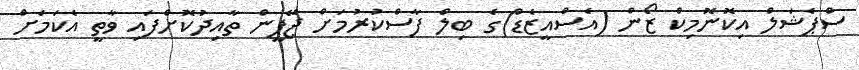
ސްޕެޝަލް އިކޮނޮމިކް ޒޯން (އެސްއީޒެޑް)ގެ ބިލް ފާސްކުރުމަށް ޖޭޕީން ތާއިދުކޮށްފައި ވާތީ އެކަމަށް